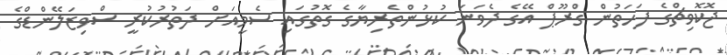
ޖޮކޮވިޗްގެ ފަހަތުން ގްރޫޕް އޭގެ ދެވަނަ ކުޅުންތެރިޔާގެ ގޮތުގައި ސެމީއަށް ދަތުރުކުރީ ސްވިޒަލޭންޑްގެ